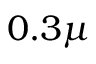
0 . 3 { \mu }